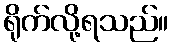
ရိုက်လို့ရသည်။